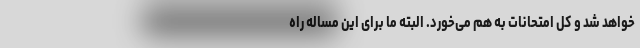
خواهد شد و کل امتحانات به هم می‌خورد. البته ما برای این مساله راه